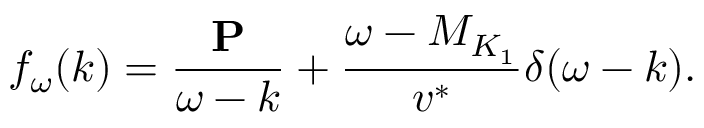
f _ { \omega } ( k ) = \frac { { \bf P } } { \omega - k } + \frac { \omega - M _ { K _ { 1 } } } { v ^ { * } } \delta ( \omega - k ) .